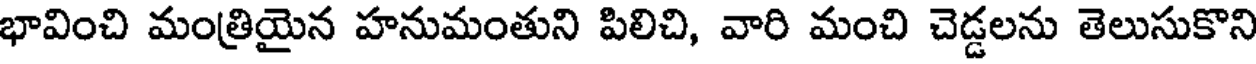
భావించి మంత్రియైన హనుమంతుని పిలిచి, వారి మంచి చెడ్డలను తెలుసుకొని